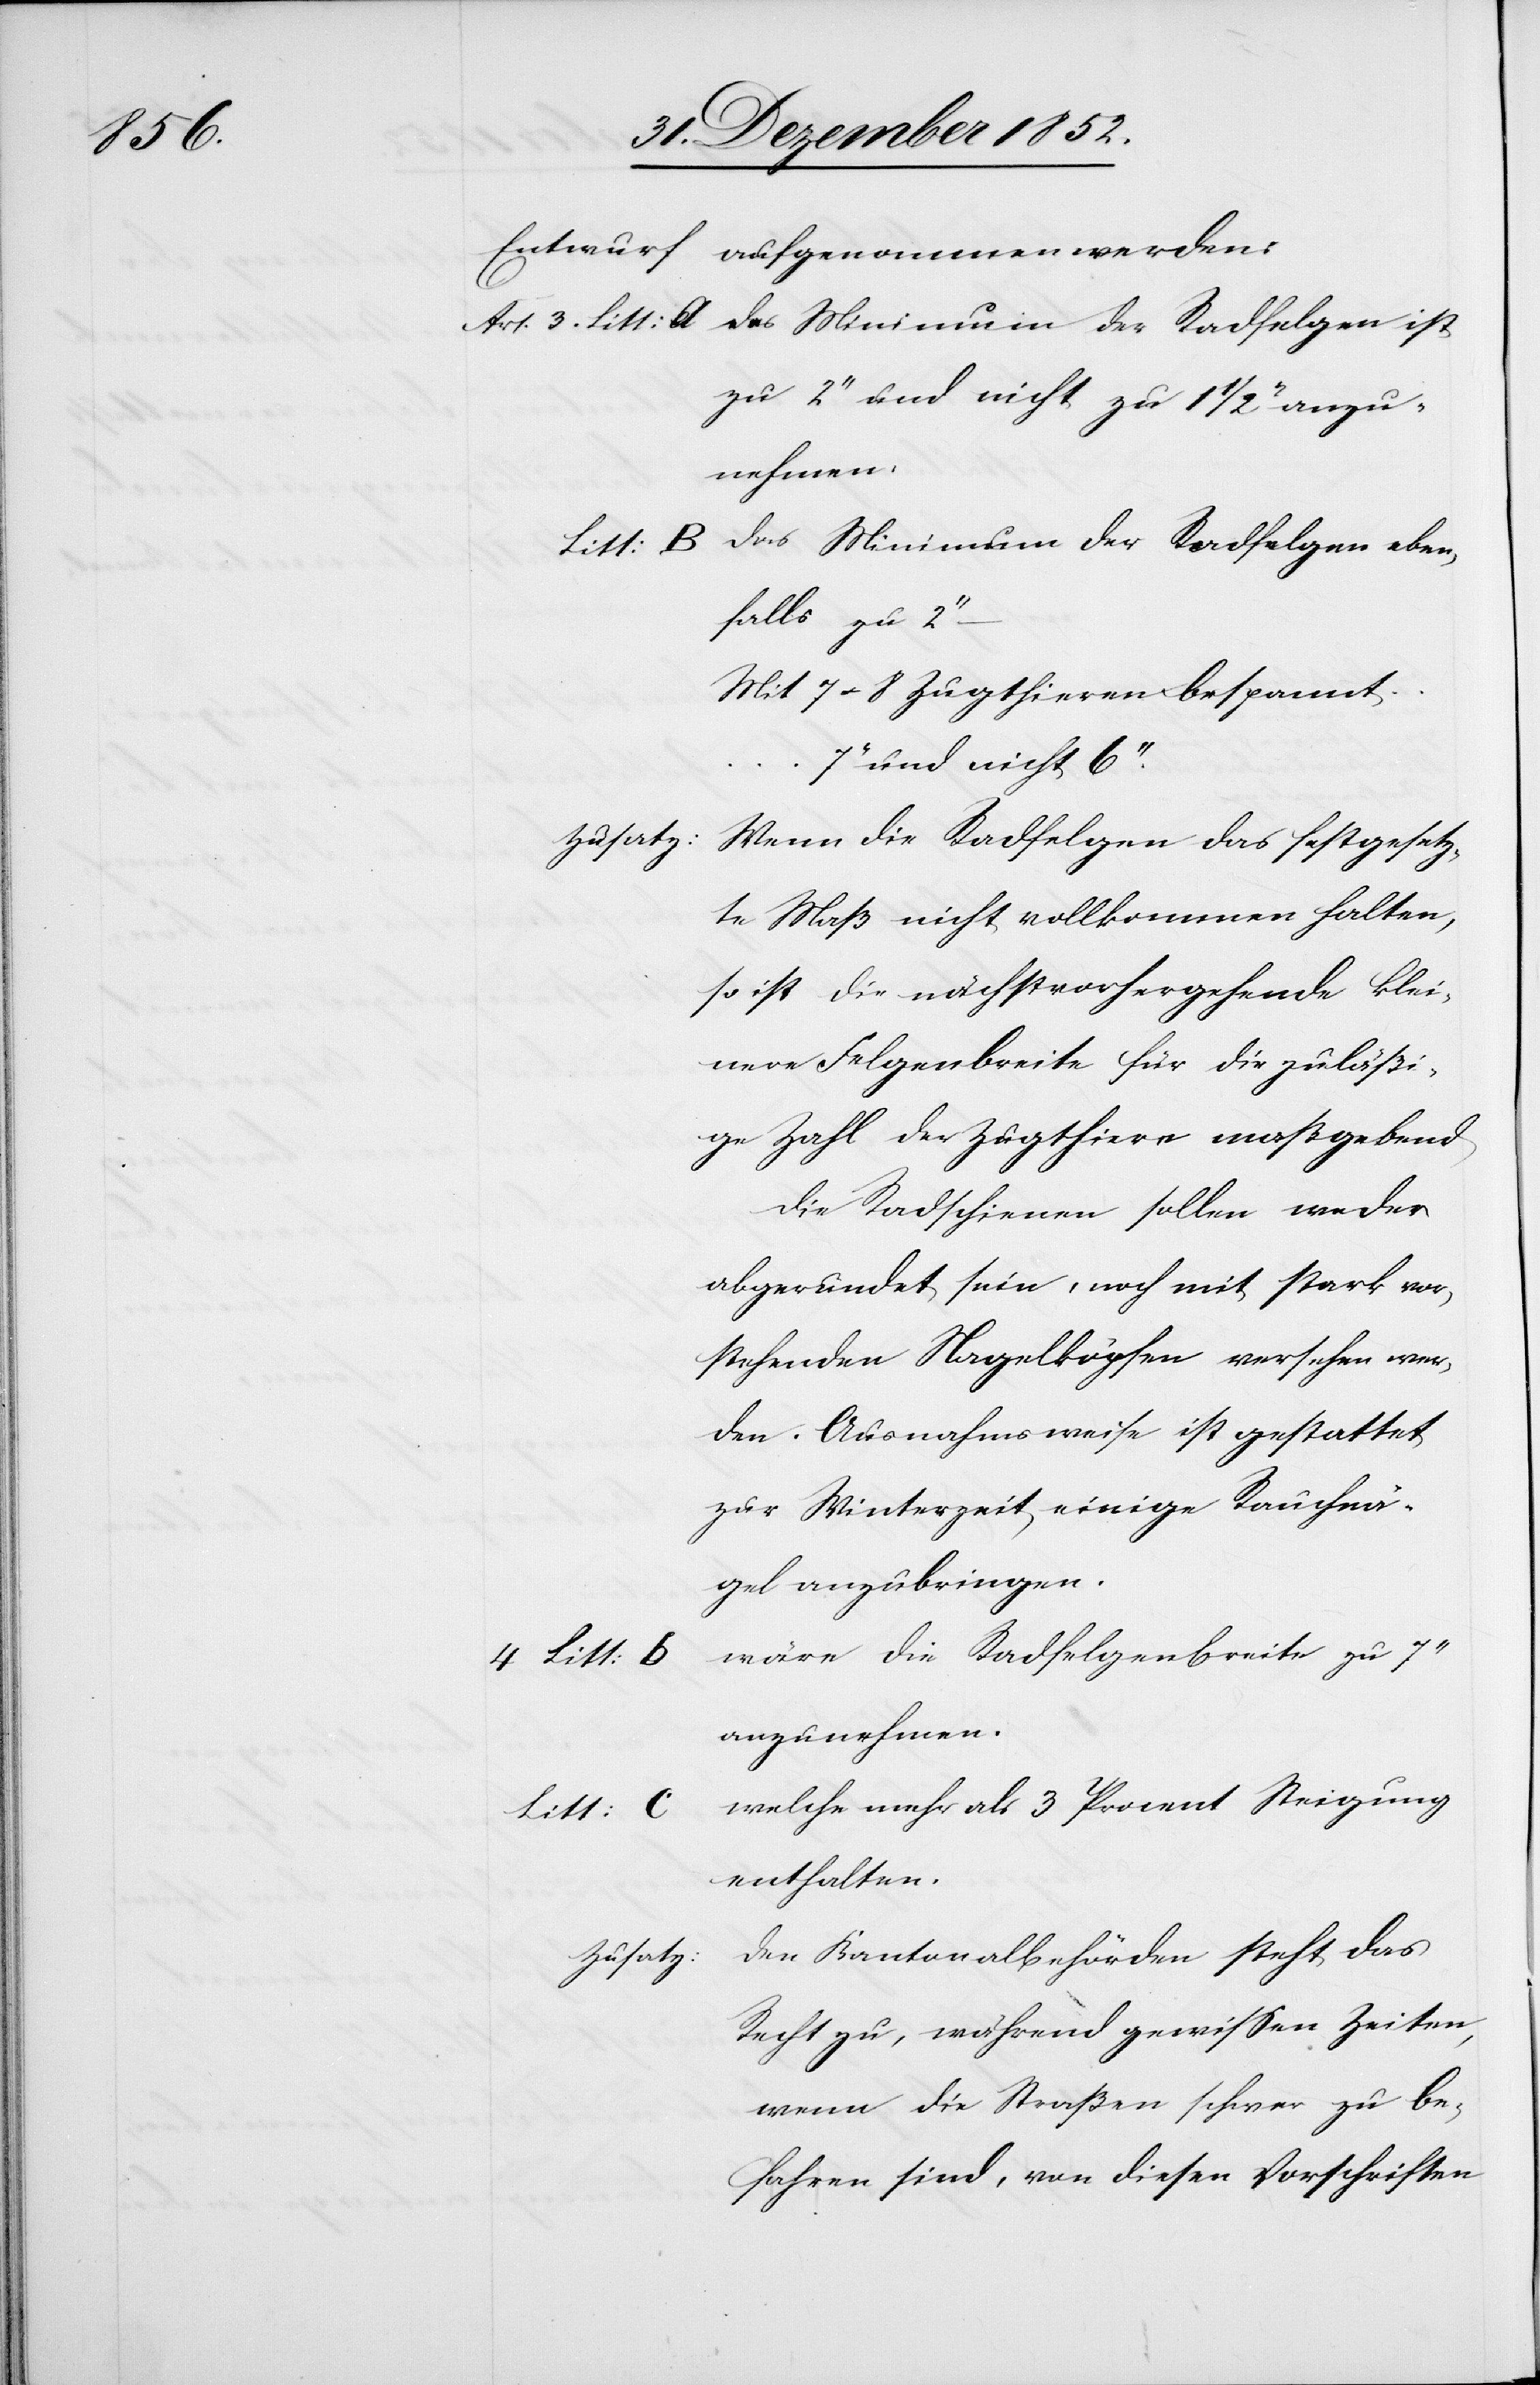
Entwurf
aufgenommen werden:
zu 2‘‘ und nicht zu 1 1/2 ‘‘ anzu¬
nehmen.
falls zu 2‘‘
Mit 7–8 Zugthieren bespannt …
und nicht 6‘‘.
Zusatz:
Wenn die Radfelgen das festgesetz¬
te Maß nicht vollkommen halten,
so ist die nächstvorhergehende klei¬
nere Felgenbreite für die zuläßi¬
ge Zahl der Zugthiere maßgebend
Die Radschienen sollen weder
abgerundet sein, noch mit stark vor¬
stehenden Nagelköpfen versehen wer¬
den. Ausnahmsweise ist gestattet
zur Winterzeit einige Rauchnä¬
gel anzubringen.
wäre die Radfelgenbreite zu 7‘‘
anzunehmen.
welche mehr als 3 Procent Steigung
Litt: c
enthalten.
Den Kantonalbehörden steht das
Zusatz:
Recht zu, während gewissen Zeiten,
wenn die Straßen schwer zu be¬
fahren sind, von diesen Vorschriften